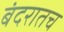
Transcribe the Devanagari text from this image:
बंदरातच